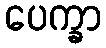
ပေက္ခာ